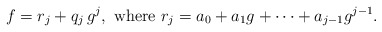
\begin{align*}f=r_j+q_j\,g^j, \mbox{ where }r_j=a_0+a_1g+\cdots+a_{j-1}g^{j-1}.\end{align*}